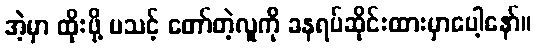
အဲ့မှာ ထိုးဖို့ မသင့် တော်တဲ့လူကို ခနရပ်ဆိုင်းထားမှာပေါ့နော်။